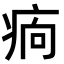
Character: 𤵼